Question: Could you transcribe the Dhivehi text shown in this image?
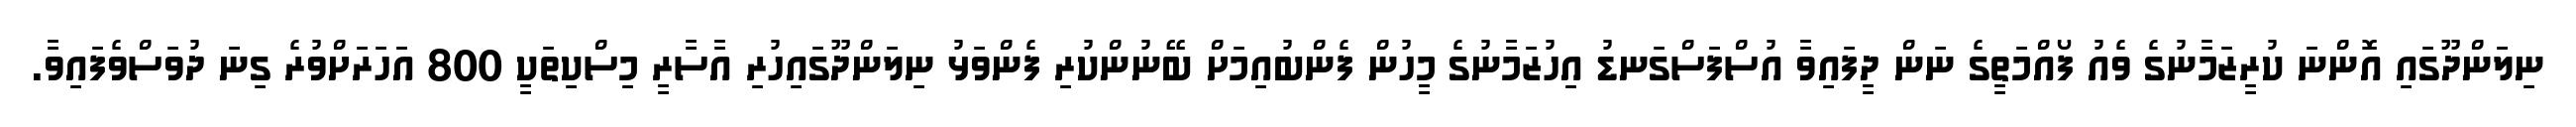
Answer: ނިލަންދޫގައި އޮންނަ ކުރީޒަމާނުގެ ވެއު ފޯއްމަތީގެ ނަން ދީފައިވާ އުސްފަސްގަނޑު އިހުޒަމާނުގެ މީހުން ފެންބުއިމަށް ބޭނުންކުރި ފެންވަޅު ނިލަންދޫގައިހުރި އާސާރީ މިސްކިތަކީ 800 އަހަރަށްވުރެ ގިނަ ދުވަސްވެފައިވާ.